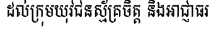
ដល់ក្រុមយុវជនស្ម័គ្រចិត្ត និងអាជ្ញាធរ